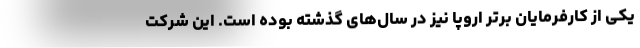
یکی از کارفرمایان برتر اروپا نیز در سال‌های گذشته بوده است. این شرکت